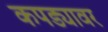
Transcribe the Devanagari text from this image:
कपड्यावर